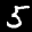
Label: 5